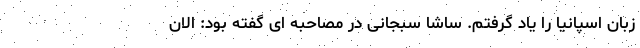
زبان اسپانیا را یاد گرفتم. ساشا سبجانی در مصاحبه ای گفته بود: الان